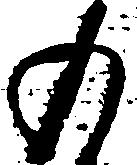
の